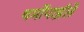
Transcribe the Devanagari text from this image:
थर्मोपाईले